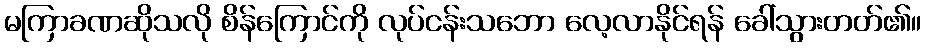
မကြာခဏဆိုသလို စိန်ကြောင်ကို လုပ်ငန်းသဘော လေ့လာနိုင်ရန် ခေါ်သွားတတ်၏။